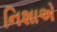
નિશાએ